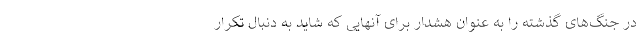
در جنگ‌های گذشته را به عنوان هشدار برای آنهایی که شاید به دنبال تکرار